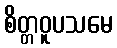
စိတ္တဝူပသမေ